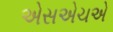
એસએચએ